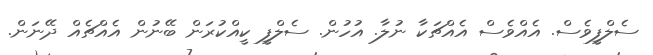
ސެލްފީވެސް. އެއްވެސް އެއްޗަކާ ނުލާ. އުހުން. ސެލްފީ ކީއްކުރަން ބޭނުން އެއްޗެއް ދޭނަން.